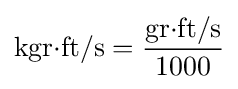
\mathrm {kgr{\cdot }ft/s} ={\frac {\mathrm {gr{\cdot }ft/s} }{1000}}